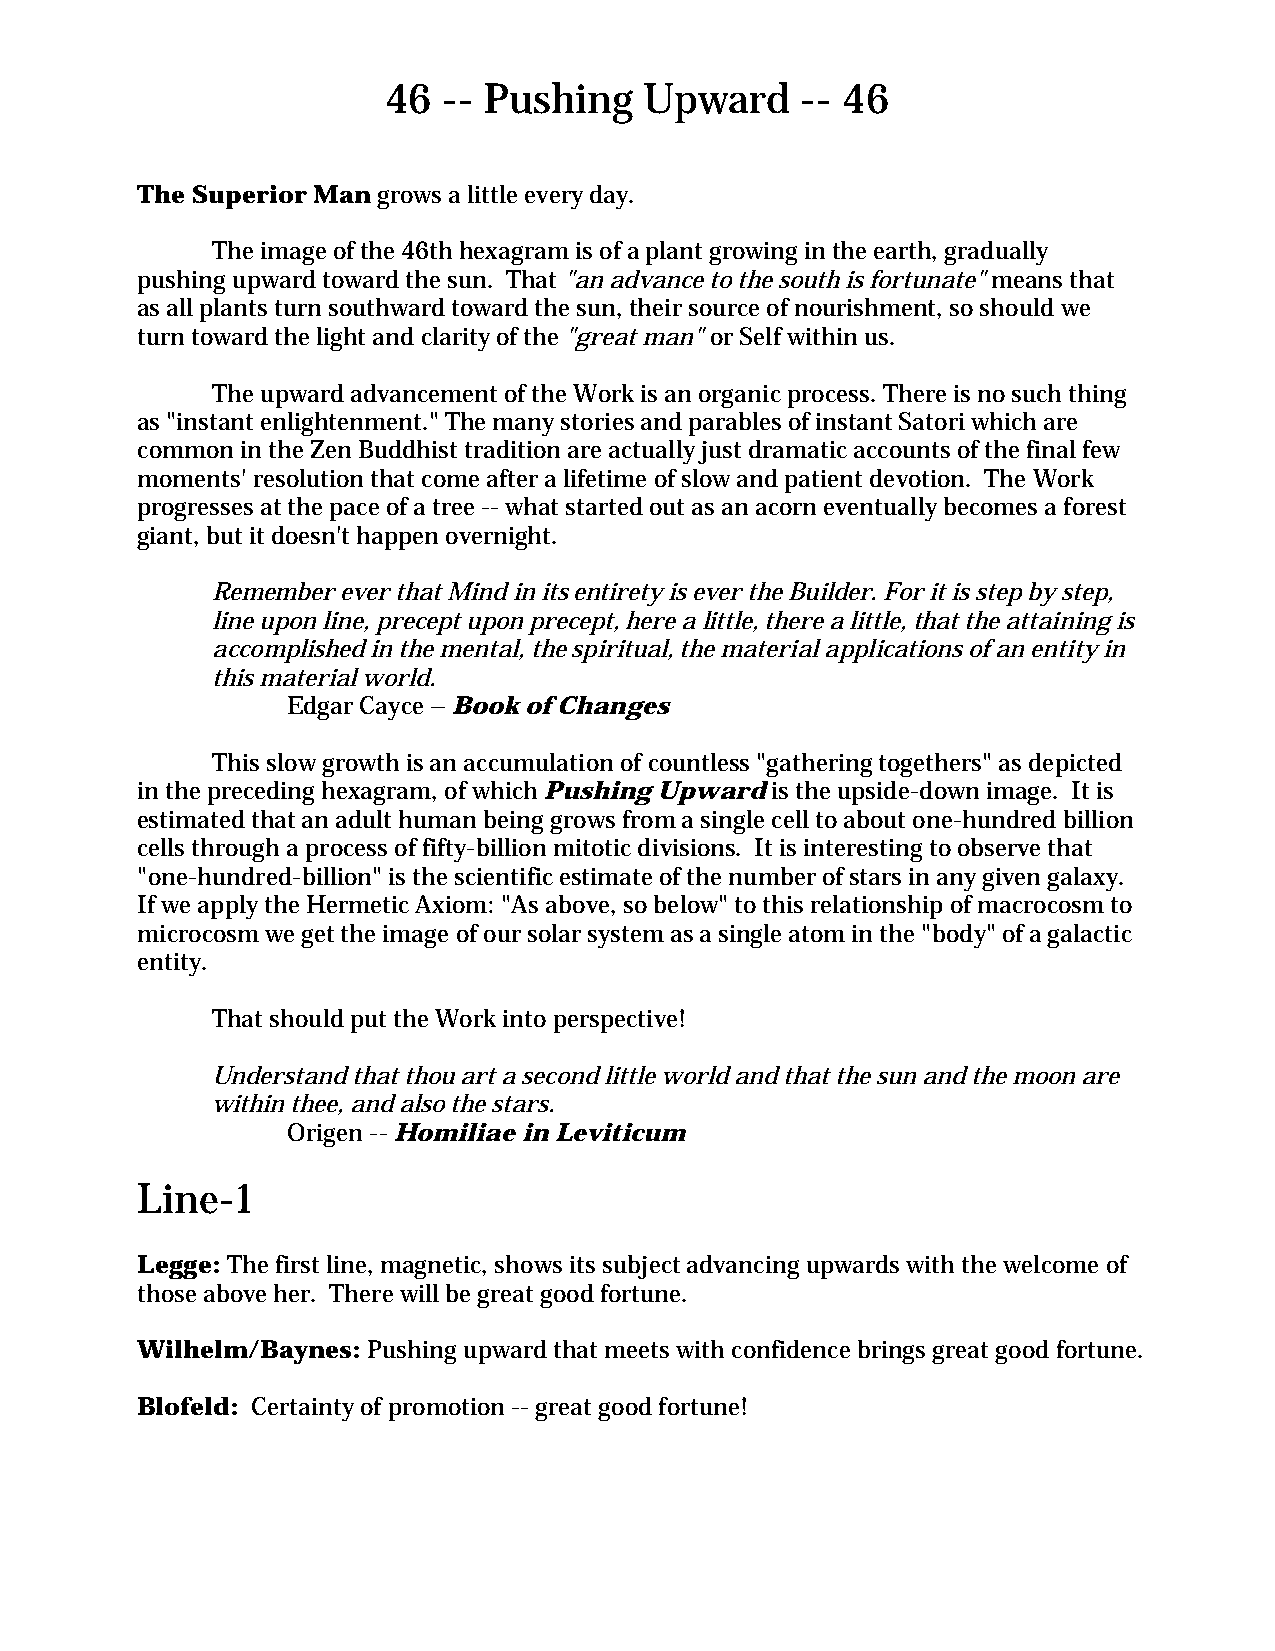
46 -- Pushing    Upward    -- 46
 The Superior Man grows a little every day.
 The image of the 46th hexagram is of a plant growing in the earth, gradually
 pushing upward toward the sun. That "an advance to the south is fortunate" means that
 as all plants turn southward toward the sun, their source of nourishment, so should we
 turn toward the light and clarity of the "great man" or Self within us.
 The upward advancement of the Work is an organic process. There is no such thing
 as "instant enlightenment." The many stories and parables of instant Satori which are
 common in the Zen Buddhist tradition are actually just dramatic accounts of the final few
 moments' resolution that come after a lifetime of slow and patient devotion. The Work
 progresses at the pace of a tree -- what started out as an acorn eventually becomes a forest
 giant, but it doesn't happen overnight.
 Remember ever that Mind in its entirety is ever the Builder. For it is step by step,
 line upon line, precept upon precept, here a little, there a little, that the attaining is
 accomplished in the mental, the spiritual, the material applications of an entity in
 this material world.
 Edgar Cayce – Book of Changes
 This slow growth is an accumulation of countless "gathering togethers" as depicted
 in the preceding hexagram, of which Pushing Upward is the upside-down image. It is
 estimated that an adult human being grows from a single cell to about one-hundred billion
 cells through a process of fifty-billion mitotic divisions. It is interesting to observe that
 "one-hundred-billion" is the scientific estimate of the number of stars in any given galaxy.
 If we apply the Hermetic Axiom: "As above, so below" to this relationship of macrocosm to
 microcosm we get the image of our solar system as a single atom in the "body" of a galactic
 entity.
 That should put the Work into perspective!
 Understand that thou art a second little world and that the sun and the moon are
 within thee, and also the stars.
 Origen -- Homiliae in Leviticum
 Line-1
 Legge: The first line, magnetic, shows its subject advancing upwards with the welcome of
 those above her. There will be great good fortune.
 Wilhelm/Baynes: Pushing upward that meets with confidence brings great good fortune.
 Blofeld: Certainty of promotion -- great good fortune!